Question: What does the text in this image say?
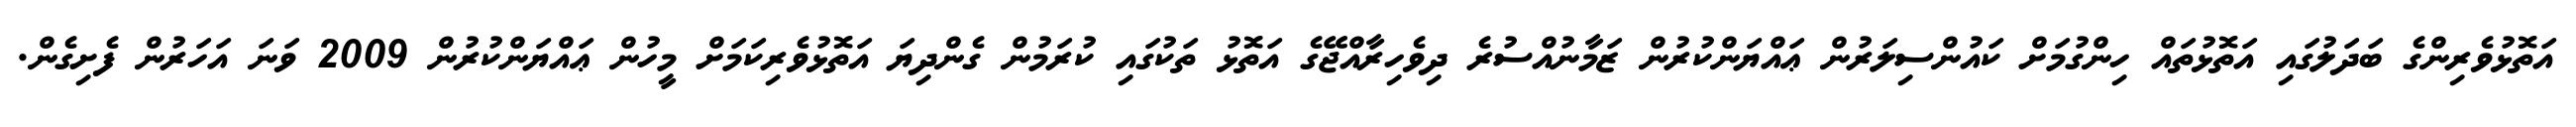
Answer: އަތޮޅުވެރިންގެ ބަދަލުގައި އަތޮޅުތައް ހިންގުމަށް ކައުންސިލަރުން ޢައްޔަންކުރުން ޒަމާނުއްސުރެ ދިވެހިރާއްޖޭގެ އަތޮޅު ތަކުގައި ކުރަމުން ގެންދިޔަ އަތޮޅުވެރިކަމަށް މީހުން ޢައްޔަންކުރުން 2009 ވަނަ އަހަރުން ފެށިގެން.